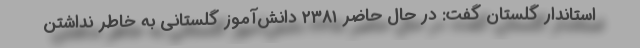
استاندار گلستان گفت: در حال حاضر ۲۳۸۱ دانش‌آموز گلستانی به خاطر نداشتن